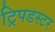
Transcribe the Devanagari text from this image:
ट्रिपडस्टर